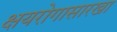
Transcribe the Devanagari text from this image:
क्षयरोगासारखा